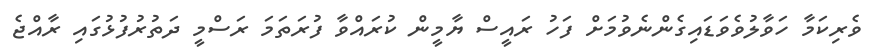
ވެރިކަމާ ހަވާލުވެވަޑައިގެންނެވުމަށް ފަހު ރައީސް ޔާމީން ކުރައްވާ ފުރަތަމަ ރަސްމީ ދަތުރުފުޅުގައި ރާއްޖެ